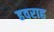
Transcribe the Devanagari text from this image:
हवराह